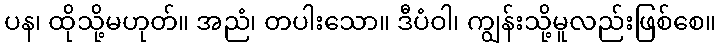
ပန၊ ထိုသို့မဟုတ်။ အညံ၊ တပါးသော။ ဒီပံဝါ၊ ကျွန်းသို့မူလည်းဖြစ်စေ။